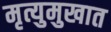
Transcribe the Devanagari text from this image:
मृत्युमुखात